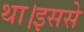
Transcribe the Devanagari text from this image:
था।इससे